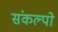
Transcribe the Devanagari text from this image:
संकल्पो